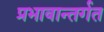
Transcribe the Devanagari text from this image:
प्रभावान्तर्गत